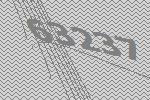
63237